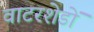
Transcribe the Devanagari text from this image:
वाटरशेडों